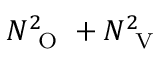
N _ { \mathrm { ~ O ~ } } ^ { 2 } + N _ { \mathrm { ~ V ~ } } ^ { 2 }